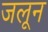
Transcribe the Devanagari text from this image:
जलून